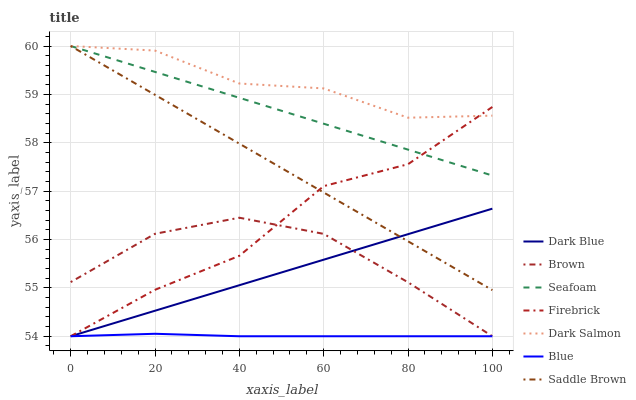
| xaxis_label | Dark Blue | Brown | Seafoam | Firebrick | Dark Salmon | Blue | Saddle Brown |
 | --- | --- | --- | --- | --- | --- | --- | --- |
 | 0 | 54 | 55.1 | 60 | 54 | 60 | 54 | 60 |
 | 20 | 54.5 | 56.1 | 59.5 | 55 | 59.9 | 54.1 | 59 |
 | 40 | 55.1 | 56.5 | 58.9 | 55.7 | 59.2 | 54 | 58 |
 | 60 | 55.6 | 56.1 | 58.4 | 57.1 | 59.1 | 54 | 57 |
 | 80 | 56.1 | 55.1 | 57.9 | 57.6 | 58.5 | 54 | 56 |
 | 100 | 56.6 | 54 | 57.3 | 58.7 | 58.6 | 54 | 55 |